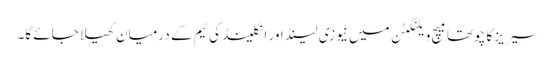
سیریز کا چوتھا میچ ویلنگٹن میں نیوزی لینڈ اور انگلینڈ کی ٹیم کے درمیان کھیلا جائے گا۔